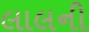
લાલની